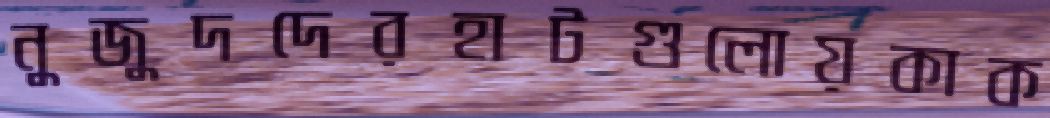
নুজুদদেরহাটগুলোয়কাক